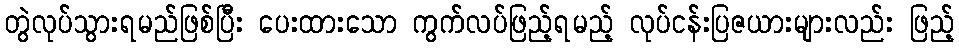
တွဲလုပ်သွားရမည်ဖြစ်ပြီး ပေးထားသော ကွက်လပ်ဖြည့်ရမည့် လုပ်ငန်းပြဇယားများလည်း ဖြည့်